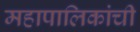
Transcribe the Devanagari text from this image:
महापालिकांची